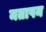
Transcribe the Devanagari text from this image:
मतापन